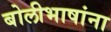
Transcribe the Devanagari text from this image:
बोलीभाषांना